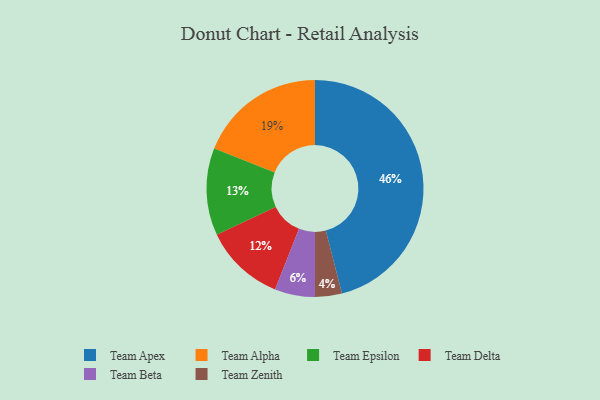
{"axis": {"x": "Category", "y": "Percentage"}, "legend": ["Team Alpha", "Team Apex", "Team Beta", "Team Delta", "Team Epsilon", "Team Zenith"], "data": [{"x": "Team Zenith", "y": 4, "type": "Team Zenith"}, {"x": "Team Apex", "y": 46, "type": "Team Apex"}, {"x": "Team Alpha", "y": 19, "type": "Team Alpha"}, {"x": "Team Epsilon", "y": 13, "type": "Team Epsilon"}, {"x": "Team Delta", "y": 12, "type": "Team Delta"}, {"x": "Team Beta", "y": 6, "type": "Team Beta"}]}